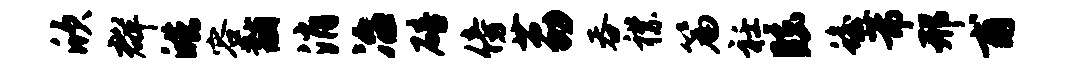
欣群皓容黼消冶碚傍荔吞襟篇衽眩蟾芾邢甫